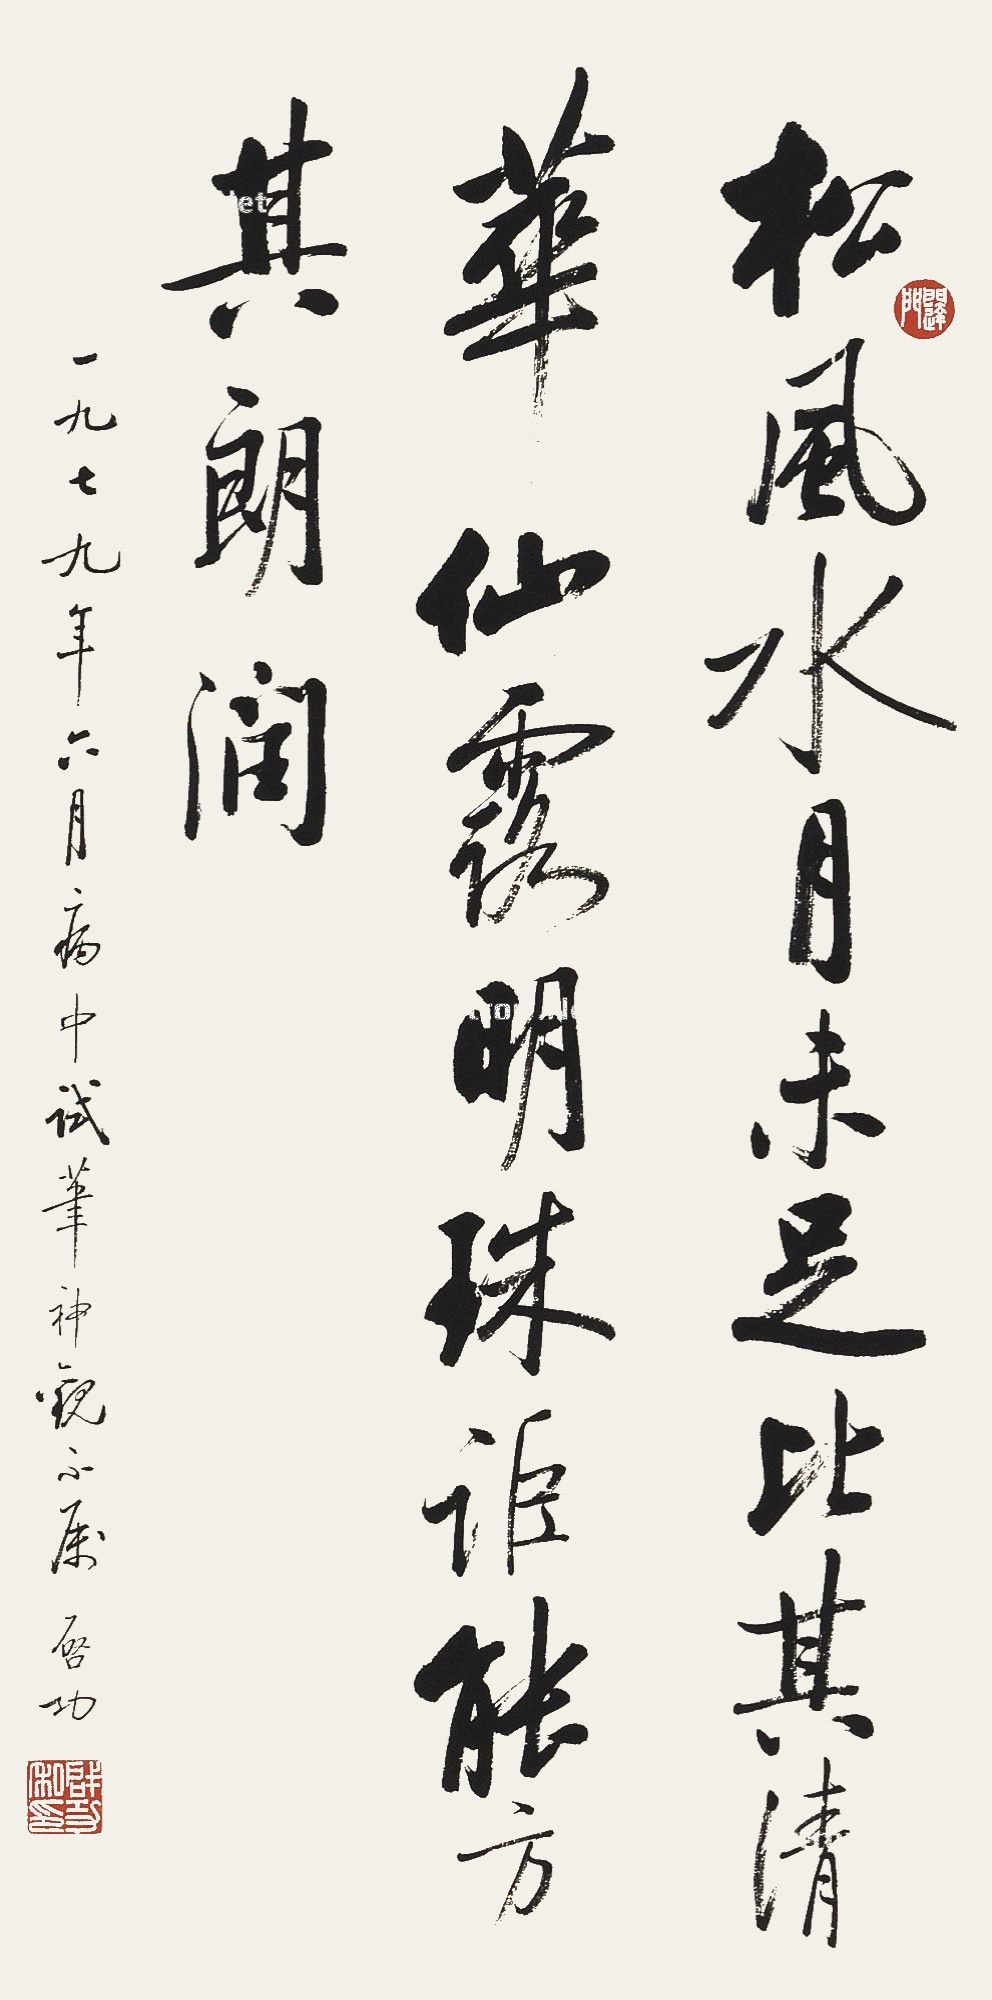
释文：松风水月未足比其清华，仙露明珠讵能方其朗润。一九七九年六月病中试笔，神观不属。启功。